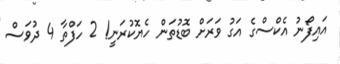
އައިފޯނު އެކްސްގެ އަގު ވަރަށް ބޮޑުތަން ހެޔޮކުރަނީ! 2 ހަފްތާ 4 ދުވަސް